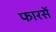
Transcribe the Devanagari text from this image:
फारसें